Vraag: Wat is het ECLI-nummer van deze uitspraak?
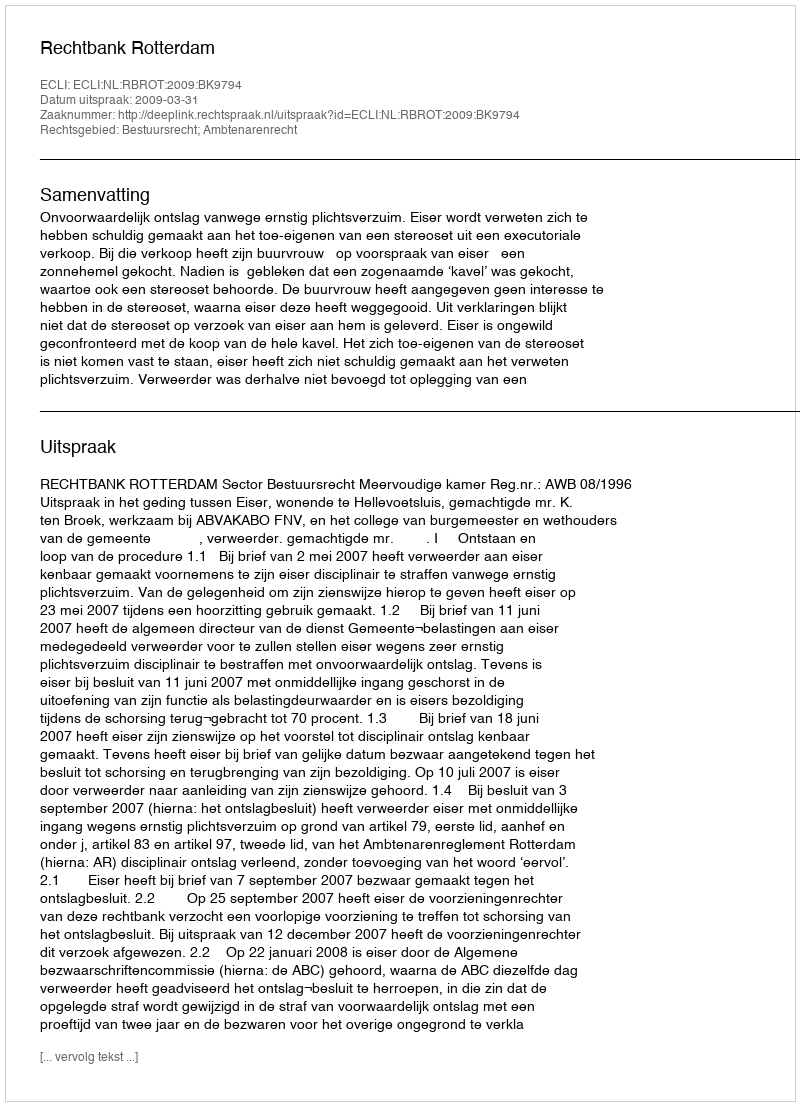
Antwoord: ECLI:NL:RBROT:2009:BK9794